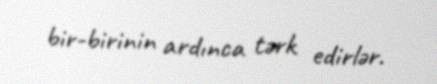
bir-birinin ardınca tərk edirlər.